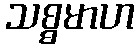
သစ္စမာဟ